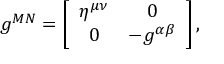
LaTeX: g ^ { M N } = \left[ \begin{array} { c c } { { \eta ^ { \mu \nu } } } & { { 0 } } \\ { { 0 } } & { { - g ^ { \alpha \beta } } } \end{array} \right] ,